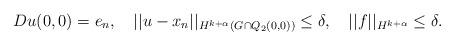
LaTeX: \begin{align*}Du(0, 0)=e_n,\ \ \ ||u-x_n||_{H^{k + \alpha}(G \cap Q_{2}(0,0))} \leq \delta,\ \ \ ||f||_{H^{k + \alpha}} \leq \delta.\end{align*}